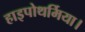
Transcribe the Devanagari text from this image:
हाइपोथर्मिया।